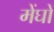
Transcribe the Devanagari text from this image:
मेंघों